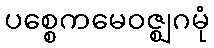
ပစ္စေကမေဝဇ္ဈဂမုံ